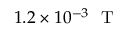
1 . 2 \times 1 0 ^ { - 3 } \ \mathrm { ~ T ~ }